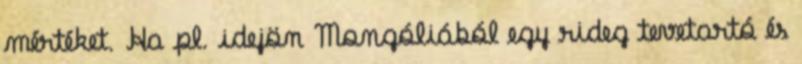
mértéket. Ha pl. idejön Mongóliából egy rideg tevetartó és